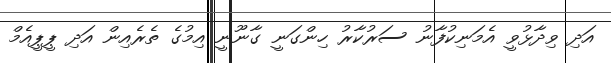
އަދި ވިދާޅުވީ އެމަނިކުފާނު ސަރުކާރު ހިންގަނީ ގާނޫނީ އިމުގެ ތެރެއިން އަދި ޕީޕީއެމް